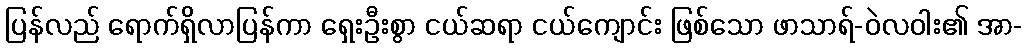
ပြန်လည် ရောက်ရှိလာပြန်ကာ ရှေးဦးစွာ ငယ်ဆရာ ငယ်ကျောင်း ဖြစ်သော ဖာသာရ်-ဝဲလဝါး၏ အာ-